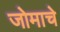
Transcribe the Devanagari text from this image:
जोमाचे